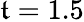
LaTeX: \mathfrak{t}=1.5